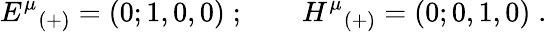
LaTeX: {E^{\mu}}_{(+)}=(0;1,0,0)\; ;\qquad{H^{\mu}}_{(+)}=(0;0,1,0)\; .